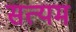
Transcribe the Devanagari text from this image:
सत्यम